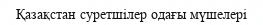
Қазақстан суретшілер одағы мүшелері